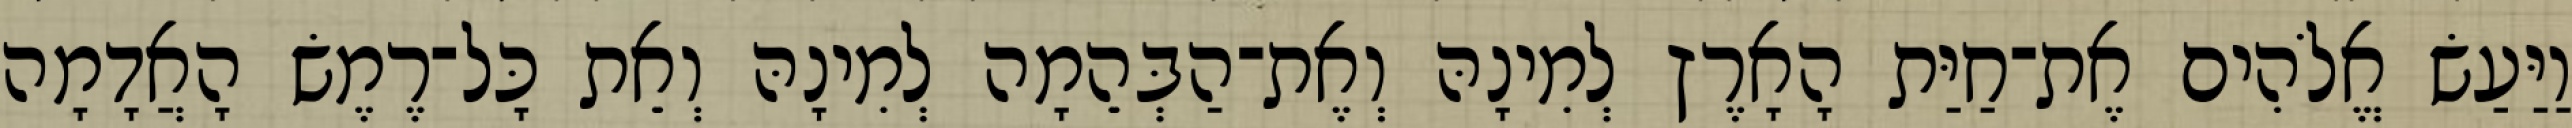
וַיַּעַשׂ אֱלֹהִים אֶת־חַיַּת הָאָרֶץ לְמִינָהּ וְאֶת־הַבְּהֵמָה לְמִינָהּ וְאֵת כָּל־רֶמֶשׂ הָאֲדָמָה